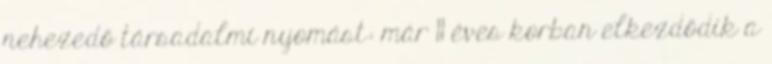
nehezedő társadalmi nyomást: már 11 éves korban elkezdődik a